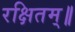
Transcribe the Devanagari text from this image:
रक्षितम्॥